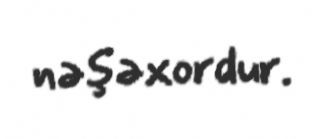
nəşəxordur.